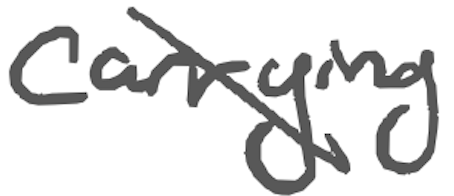
Text: carrying
Cross-out: mix
Writing tool: digital_gray